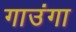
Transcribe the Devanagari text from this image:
गाउंगा